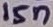
Text: 15n